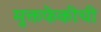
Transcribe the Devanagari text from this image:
मुक्तफेकीची